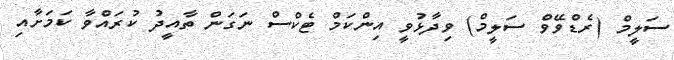
ސަލީމް (ރެޑްވޭވް ސަލީމް) ވިދާޅުވީ އިންކަމް ޓެކްސް ނަގަން ތާއީދު ކުރައްވާ ކަމަށާއި